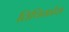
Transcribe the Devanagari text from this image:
तिथिकोश